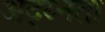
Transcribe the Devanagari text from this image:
अद्य्नता